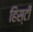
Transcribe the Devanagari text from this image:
हिस्टी